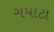
ગપાટા